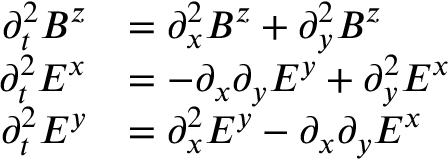
\begin{array} { r l } { \partial _ { t } ^ { 2 } B ^ { z } } & { = \partial _ { x } ^ { 2 } B ^ { z } + \partial _ { y } ^ { 2 } B ^ { z } } \\ { \partial _ { t } ^ { 2 } E ^ { x } } & { = - \partial _ { x } \partial _ { y } E ^ { y } + \partial _ { y } ^ { 2 } E ^ { x } } \\ { \partial _ { t } ^ { 2 } E ^ { y } } & { = \partial _ { x } ^ { 2 } E ^ { y } - \partial _ { x } \partial _ { y } E ^ { x } } \end{array}